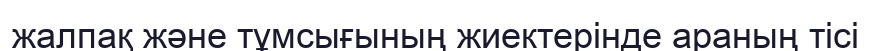
жалпақ және тұмсығының жиектерінде араның тісі